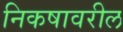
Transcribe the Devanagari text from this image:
निकषावरील